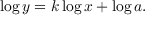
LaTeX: \log y = k \log x + \log a .